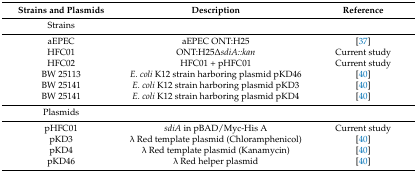
| Strains and Plasmids | Description | Reference |
 | --- | --- | --- |
 | Strains |  |  |
 | aEPEC | aEPEC ONT:H25 | [37] |
 | HFC01 | ONT:H25ΔsdiA::kan | Current study |
 | HFC02 | HFC01 + pHFC01 | Current study |
 | BW 25113 | E. coli K12 strain harboring plasmid pKD46 | [40] |
 | BW 25141 | E. coli K12 strain harboring plasmid pKD3 | [40] |
 | BW 25141 | E. coli K12 strain harboring plasmid pKD4 | [40] |
 | Plasmids |  |  |
 | pHFC01 | sdiA in pBAD/Myc-His A | Current study |
 | pKD3 | λ Red template plasmid (Chloramphenicol) | [40] |
 | pKD4 | λ Red template plasmid (Kanamycin) | [40] |
 | pKD46 | λ Red helper plasmid | [40] |